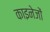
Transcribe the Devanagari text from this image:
काइनेजों